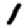
Digit: 1